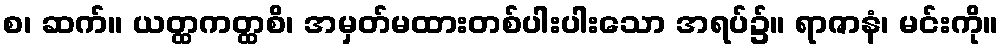
စ၊ ဆက်။ ယတ္ထကတ္ထစိ၊ အမှတ်မထားတစ်ပါးပါးသော အရပ်၌။ ရာဇာနံ၊ မင်းကို။